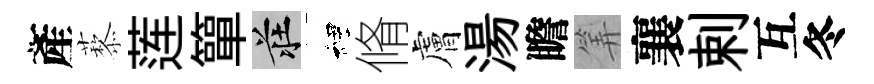
產藜莲簞莊裡脩膚湯瞻筭襄剌互冬